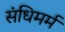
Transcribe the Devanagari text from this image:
संधिमर्म